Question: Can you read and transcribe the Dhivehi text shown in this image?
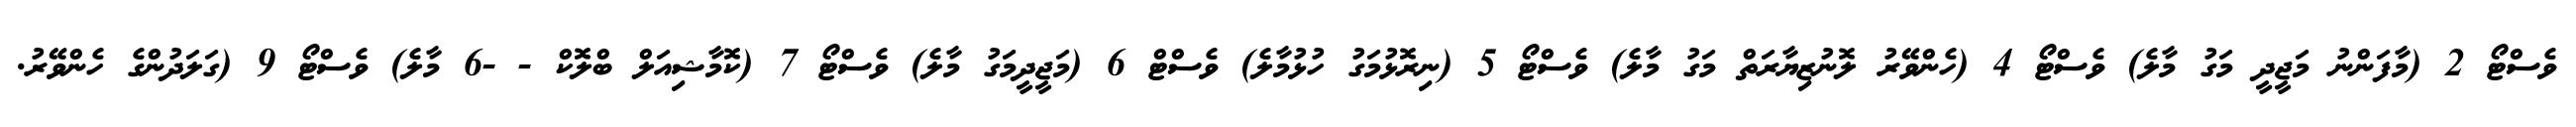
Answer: ވެސްޓޯ 2 (މާފަންނު މަޖީދީ މަގު މާލެ) ވެސްޓޯ 4 (ހެންވޭރު ލޮނުޒިޔާރަތް މަގު މާލެ) ވެސްޓޯ 5 (ނިރޮޅުމަގު ހުޅުމާލެ) ވެސްޓް 6 (މަޖީދީމަގު މާލެ) ވެސްޓޯ 7 (ކޮމާޝިއަލް ބްލޮކް - -6 މާލެ) ވެސްޓޯ 9 (ގަލަދުންގެ ހެންވޭރު.